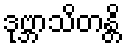
ဒုဗ္ဘာသိတန္တိ